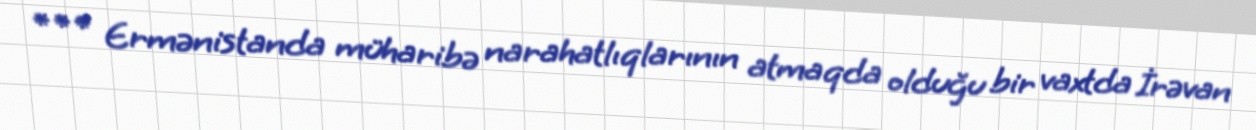
*** Ermənistanda müharibə narahatlıqlarının atmaqda olduğu bir vaxtda İrəvan